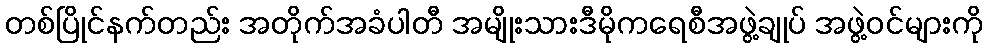
တစ်ပြိုင်နက်တည်း အတိုက်အခံပါတီ အမျိုးသားဒီမိုကရေစီအဖွဲ့ချုပ် အဖွဲ့ဝင်များကို